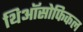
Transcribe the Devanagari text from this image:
थिऑसोफिकल